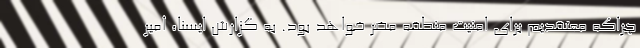
چراکه معتقدیم برای امنیت منطقه مضر خواهد بود. به گزارش ایسنا، امیر